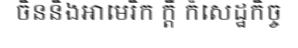
ចិននិងអាមេរិក ក្តី ក៏សេដ្ឋកិច្ច